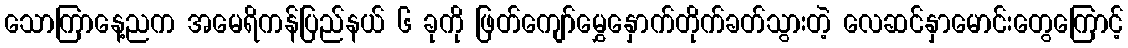
သောကြာနေ့ညက အမေရိကန်ပြည်နယ် ၆ ခုကို ဖြတ်ကျော်မွှေနှောက်တိုက်ခတ်သွားတဲ့ လေဆင်နှာမောင်းတွေကြောင့်